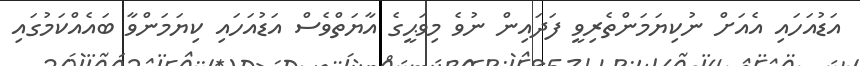
އަޑުއަހައި އެއަށް ނުކިޔަމަންތެރިވީ ފަދައިން ނުވެ މިވަޙީގެ އާޔަތްވެސް އަޑުއަހައި ކިޔަމަންވާ ބައެއްކަމުގައި